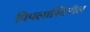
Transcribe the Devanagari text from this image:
पिपलास्टिरॉल